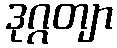
ဒုဂ္ဂတျာ